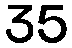
35